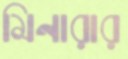
মিনারার